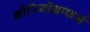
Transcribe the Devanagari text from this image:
कोरियोग्राफर्स